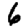
Digit: 6